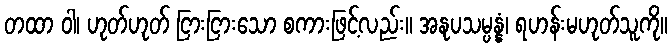
တထာ ဝါ၊ ဟုတ်ဟုတ် ငြားငြားသော စကားဖြင့်လည်း။ အနုပသမ္ပန္နံ၊ ရဟန်းမဟုတ်သူကို။